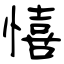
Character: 憘